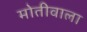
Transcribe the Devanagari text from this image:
मोतीवाला